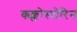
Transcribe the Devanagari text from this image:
क्य्क्लोस्पोरिन